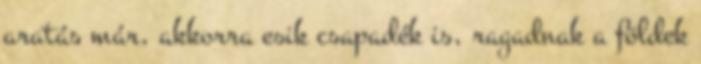
aratás már, akkorra esik csapadék is, ragadnak a földek